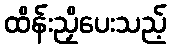
ထိန်းညှိပေးသည့်